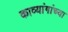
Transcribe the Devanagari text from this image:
काव्यांगांच्या